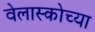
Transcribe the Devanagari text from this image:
वेलास्कोच्या